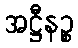
အဋ္ဌီနဉ္စ